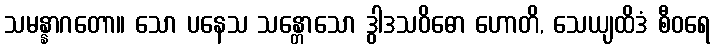
သမန္နာဂတော။ သော ပနေသ သန္တောသော ဒွါဒသဝိဓော ဟောတိ, သေယျထိဒံ စီဝရေ